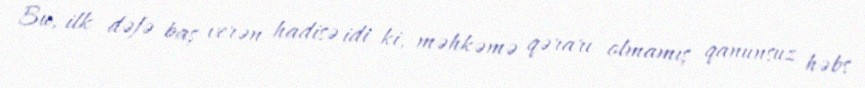
Bu, ilk dəfə baş verən hadisə idi ki, məhkəmə qərarı olmamış qanunsuz həbs